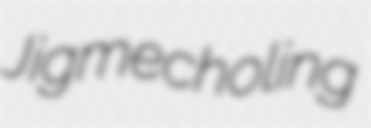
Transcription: Jigmecholing